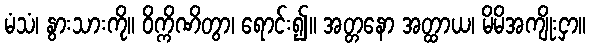
မံသံ၊ နွားသားကို။ ဝိက္ကိဏိတွာ၊ ရောင်း၍။ အတ္တနော အတ္ထာယ၊ မိမိအကျိုးငှာ။